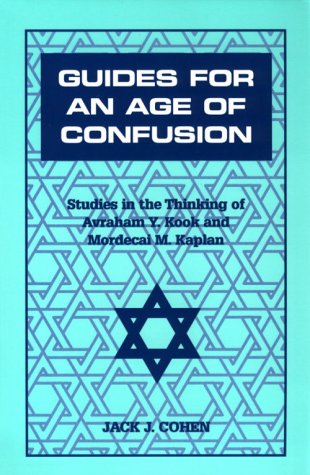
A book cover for Guides For an Age of Confusion: Studies in the Thinking of Avraham Y. Kook and Mordecai M. Kaplan; Jack J. Cohen; Religion & Spirituality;